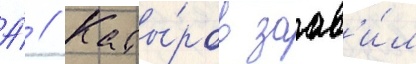
А́ // Кады́ров заав'и́л